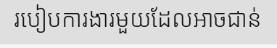
របៀបការងារមួយដែលអាចជាន់